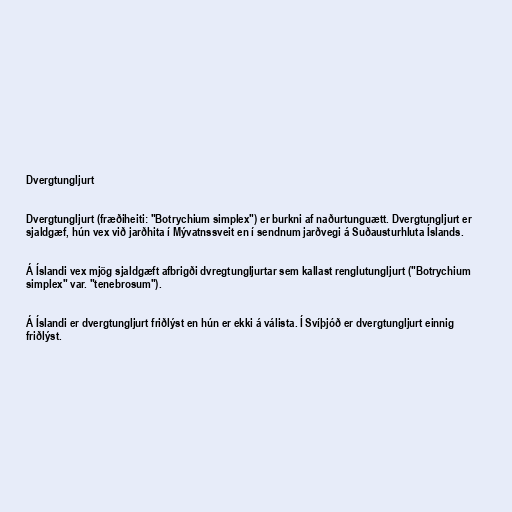
Dvergtungljurt

Dvergtungljurt (fræðiheiti: "Botrychium simplex") er burkni af naðurtunguætt. Dvergtungljurt er
sjaldgæf, hún vex við jarðhita í Mývatnssveit en í sendnum jarðvegi á Suðausturhluta Íslands.

Á Íslandi vex mjög sjaldgæft afbrigði dvregtungljurtar sem kallast renglutungljurt ("Botrychium
simplex" var. "tenebrosum").

Á Íslandi er dvergtungljurt friðlýst en hún er ekki á válista. Í Svíþjóð er dvergtungljurt einnig
friðlýst.